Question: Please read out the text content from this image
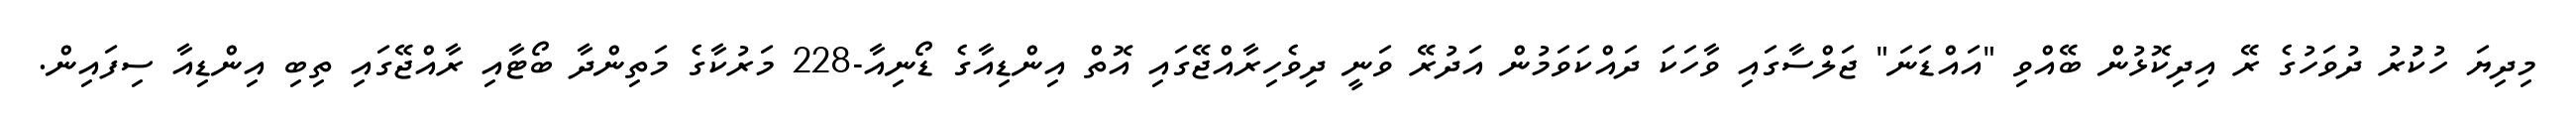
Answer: މިދިޔަ ހުކުުރު ދުވަހުގެ ރޭ އިދިކޮޅުން ބޭއްވި "އައްޑަނަ" ޖަލްސާގައި ވާހަކަ ދައްކަވަމުން އަދުރޭ ވަނީ ދިވެހިރާއްޖޭގައި އޮތް އިންޑިއާގެ ޑޯނިއާ-228 މަރުކާގެ މަތިންދާ ބޯޓާއި ރާއްޖޭގައި ތިބި އިންޑިއާ ސިފައިން.